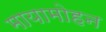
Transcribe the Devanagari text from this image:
मायामोहन